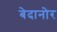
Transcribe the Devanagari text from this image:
बेदानोर